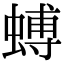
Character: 䗚